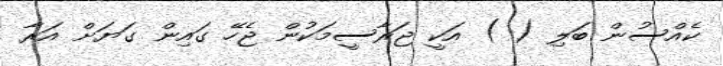
ކެއްސުން ބަލި ( ) އަކީ ޖަރާސީމަކުން ޖެހޭ ގައިން ގަޔަށް އަރާ